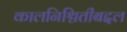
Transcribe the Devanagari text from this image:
कालनिश्चितीबद्दल